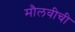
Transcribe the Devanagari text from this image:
मौलवीची